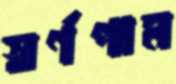
স্বর্ণপাম